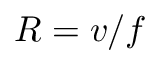
R = v / f